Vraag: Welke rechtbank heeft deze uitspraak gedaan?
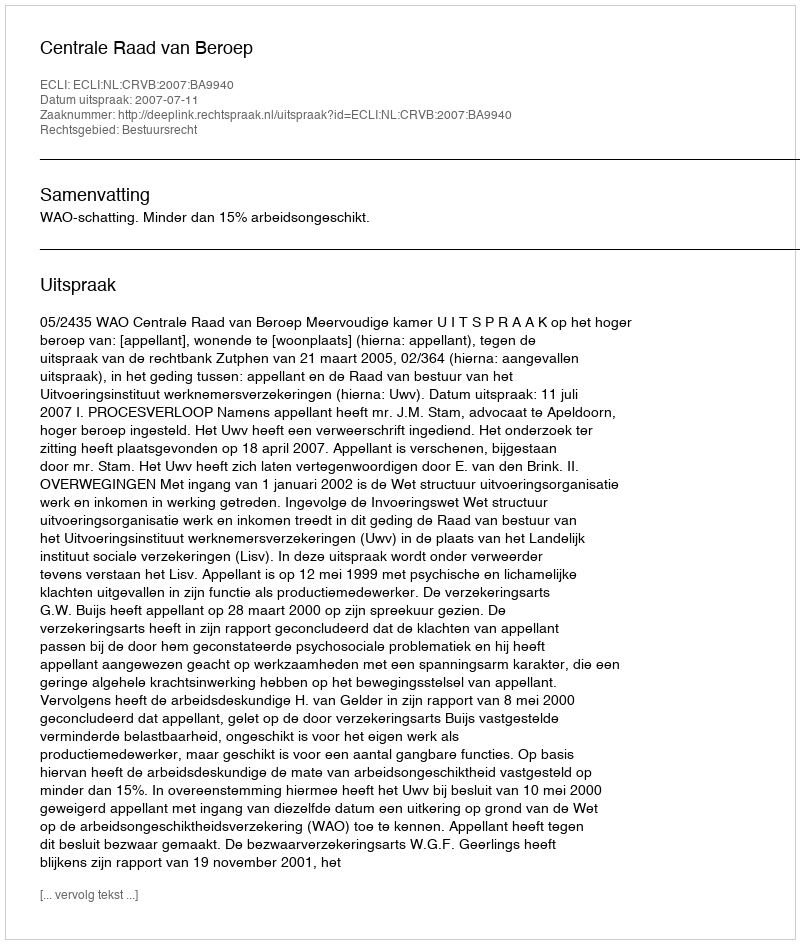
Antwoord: Centrale Raad van Beroep